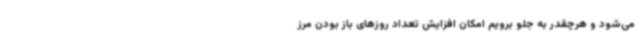
می‌شود و هرچقدر به جلو برویم امکان افزایش تعداد روزهای باز بودن مرز